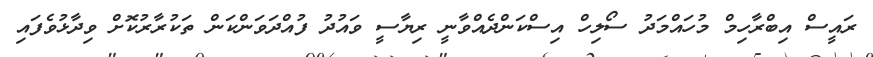
ރައީސް އިބްރާހިމް މުހައްމަދު ސޯލިހް އިސްކަންދެއްވާނީ ރިޔާސީ ވައުދު ފުއްދަވަންކަން ތަކުރާރުކޮށް ވިދާޅުވެފައި